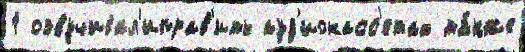
1 озвучивал'иправ'ить ауд'иокасс'етах та́кже